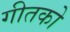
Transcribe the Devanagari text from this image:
गीतको